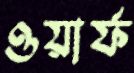
ওয়ার্ফ